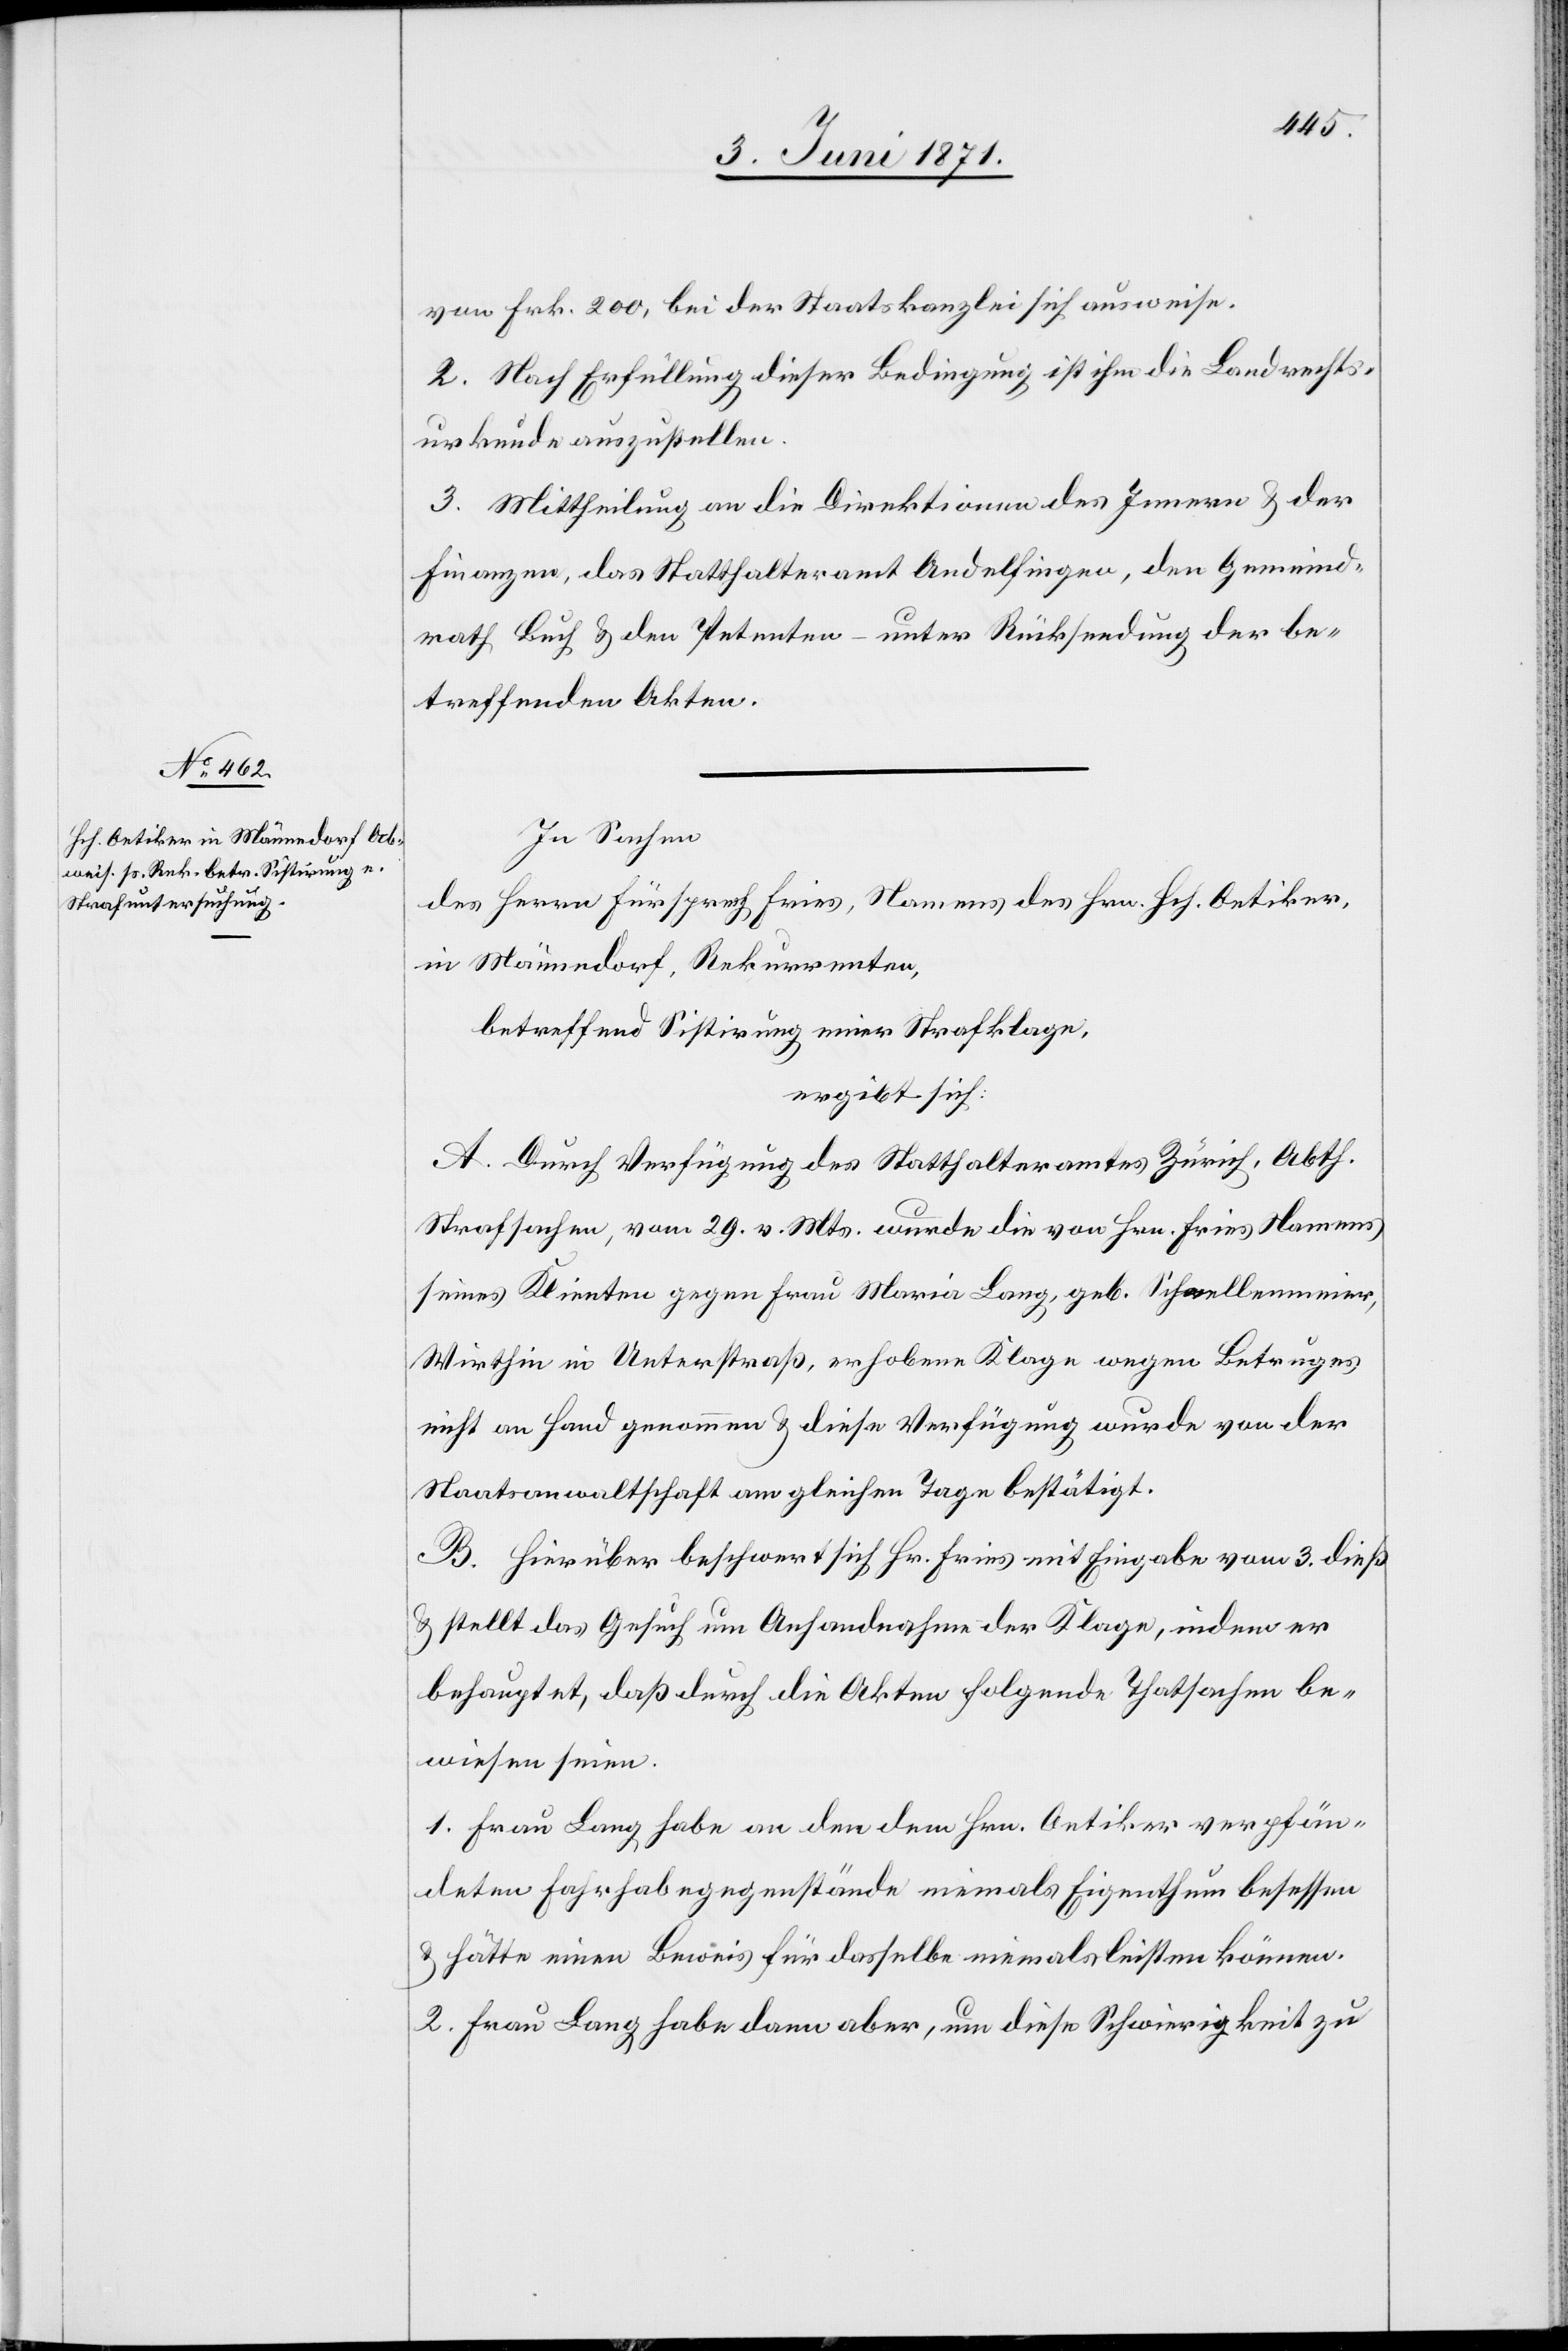
von Frk. 200, bei der Staatskanzlei sich ausweise.
2. Nach Erfüllung dieser Bedingung ist ihm die Landrechts¬
urkunde auszustellen.
3. Mittheilung an die Direktion des Innern u. der
Finanzen, das Statthalteramt Andelfingen, den Gemeind¬
rath Buch u. den Petenten – unter Rücksendung der be¬
treffenden Akten.
In Sachen
des Herrn Fürsprech Fries, Namens des Hrn. Hch. Oetiker,
in Männedorf, Rekurrenten,
betreffend Sistirung einer Strafklage,
ergibt sich:
A. Durch Verfügung des Statthalteramtes Zürich, Abth.
Strafsachen, vom 29. v. Mts. wurde die von Hrn. Fries Namens
seines Klienten gegen Frau Maria Lang, geb. Schmellenmeier,
Wirthin in Unterstraß, erhobene Klage wegen Betruges
nicht an Hand genommen u. diese Verfügung wurde von der
Staatsanwaltschaft am gleichen Tage bestätigt.
B. Hierüber beschwert sich Hr. Fries mit Eingabe vom 3. dieß
u. stellt das Gesuch um Anhandnahme der Klage, indem er
behauptet, daß durch die Akten folgende Thatsachen be¬
wiesen seien.
1. Frau Lang habe an den dem Hrn. Oetiker verpfän¬
deten Fahrhabegegenstände niemals Eigenthum besessen
u. hätte einen Beweis für dasselbe niemals leisten können.
2. Frau Lang habe dann aber, um diese Schwierigkeit zu